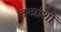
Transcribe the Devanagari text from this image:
तन्त्रांशों